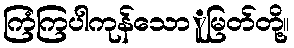
ကြံကြပါကုန်သောူမြတ်တို့။